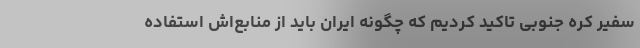
سفیر کره جنوبی تاکید کردیم که چگونه ایران باید از منابع‌اش استفاده